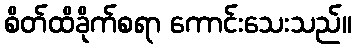
စိတ်ထိခိုက်စရာ ကောင်းသေးသည်။